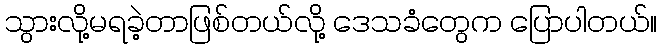
သွားလို့မရခဲ့တာဖြစ်တယ်လို့ ဒေသခံတွေက ပြောပါတယ်။